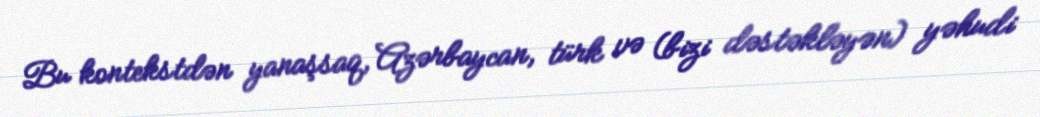
Bu kontekstdən yanaşsaq, Azərbaycan, türk və (bizi dəstəkləyən) yəhudi